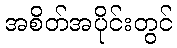
အစိတ်အပိုင်းတွင်